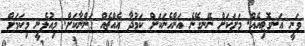
ވަނީ އަނގޮޓިއެއް. މަށަކަށް ނޭނގޭނެ އަންހެނަކަށް ކަމުދާ އެއްޗެއް ގަންނާކަށް. މިއުޅެނީ މިކަމަށް